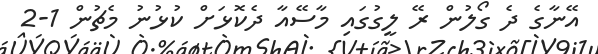
އޭނާގެ ދެ ގޯލުން ރޭ ލީގުގައި މާސޭއާ ދެކޮޅަށް ކުޅުނު މެޗުން 1-2